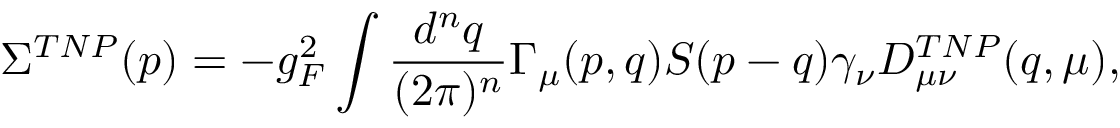
\Sigma ^ { T N P } ( p ) = - g _ { F } ^ { 2 } \int { \frac { d ^ { n } q } { ( 2 \pi ) ^ { n } } } \Gamma _ { \mu } ( p , q ) S ( p - q ) \gamma _ { \nu } D _ { \mu \nu } ^ { T N P } ( q , \mu ) ,